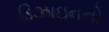
ડિઝાઇનનો